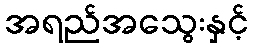
အရည်အသွေးနှင့်